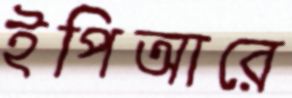
ইপিআরে